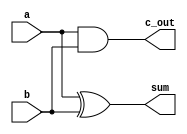
module Add_half (sum, c_out, a, b);
  output 		sum, c_out;
  input 		a, b;
  wire 		c_bar;

  xor 	M1 (sum, a, b);  
  nand 	M2 (c_bar, a, b);
  not 	M3 (c_out, c_bar);
endmodule
module t_Add_half();
  wire 		sum, c_out;
  reg 		a, b;
 
Add_half M1 (sum, c_out, a, b);	//UUT
 initial begin				// Time Out
  #100 $finish;
  end

initial begin				// Stimulus patters
#10 a = 0; b = 0;
#10 b = 1; 
#10 a = 1;
#10 b = 0;

end
	endmodule